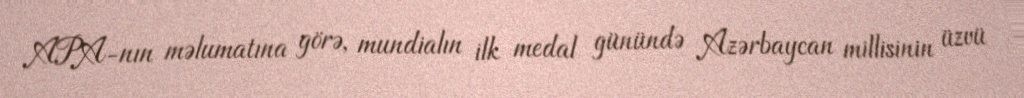
APA-nın məlumatına görə, mundialın ilk medal günündə Azərbaycan millisinin üzvü